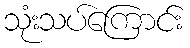
သုံးသပ်ကြောင်း